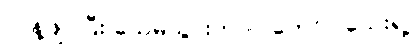
လန့်ဖျပ်ပြီး သေမသွားတာပဲ တော်ပါသေးရဲ့